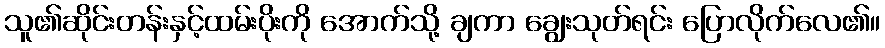
သူ၏ဆိုင်းတန်းနှင့်ထမ်းပိုးကို အောက်သို့ ချကာ ချွေးသုတ်ရင်း ပြောလိုက်လေ၏။